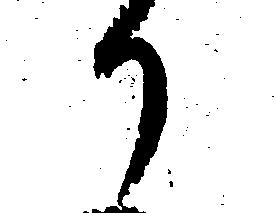
か